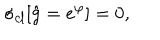
\sigma _ { c l } [ \hat { g } = e ^ { \varphi } ] = 0 ,